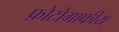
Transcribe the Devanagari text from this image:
फ़ोटोग्राफीय